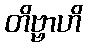
တိဗ္ဗာဟိ